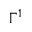
\Gamma ^ { 1 }